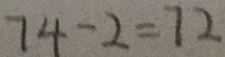
7 4 - 2 = 7 2